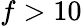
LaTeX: f>10